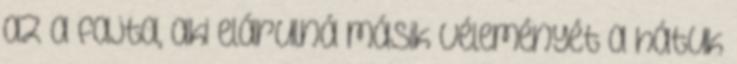
az a fajta, aki elárulná másik véleményét a hátuk